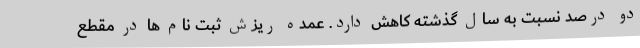
دو درصد نسبت به سال گذشته کاهش دارد. عمده ریزش ثبت نام ها در مقطع